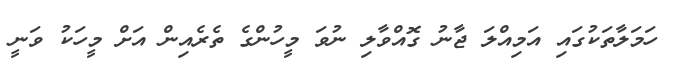
ހަމަލާތަކުގައި އަމިއްލަ ޖާނު ގޮއްވާލި ނުވަ މީހުންގެ ތެރެއިން އަށް މީހަކު ވަނީ